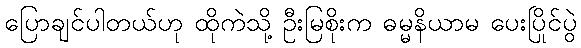
ပြောချင်ပါတယ်ဟု ထိုကဲသို့ ဦးမြစိုးက ဓမ္မနိယာမ ပေးပြိုင်ပွဲ